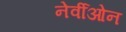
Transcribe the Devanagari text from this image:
नेर्वीओन